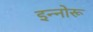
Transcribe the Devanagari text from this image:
इन्नोरू